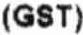
(GST)